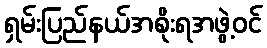
ရှမ်းပြည်နယ်အစိုးရအဖွဲ့ဝင်